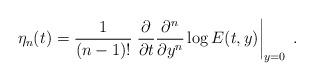
LaTeX: \begin{align*}\eta_{n}(t)=\frac{1}{(n-1)!}\left.\frac{\partial}{\partial t}\frac{\partial^{n}}{\partial y^{n}} \log{E(t,y)}\right|_{y=0}\;.\end{align*}